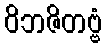
ဝိဘဇိတဗ္ဗံ